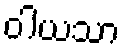
ဝါယသာ